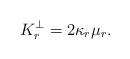
LaTeX: \begin{align*}K_{r}^{\perp}=2\kappa _{r}\mu _{r}.\end{align*}